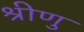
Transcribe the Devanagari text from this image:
श्रीणु